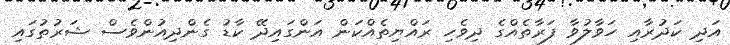
އަދި ކަދުރާއި ހަވާލުވާ ފަރާތެއްގެ ދިވެހި ރައްޔިތެއްކަން އަންގައިދޭ ކާޑު ގެންދިއުންވެސް ޝަރުތުގައި